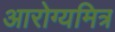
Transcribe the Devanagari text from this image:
आरोग्यमित्र